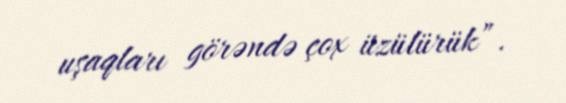
uşaqları görəndə çox üzülürük”.